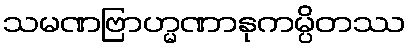
သမဏဗြာဟ္မဏာနုကမ္ပိတဿ